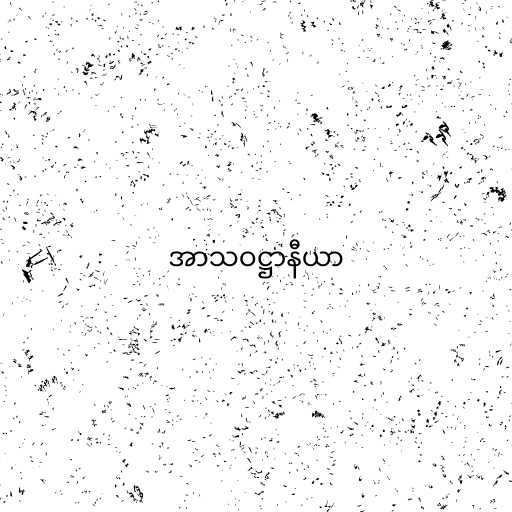
အာသဝဋ္ဌာနီယာ